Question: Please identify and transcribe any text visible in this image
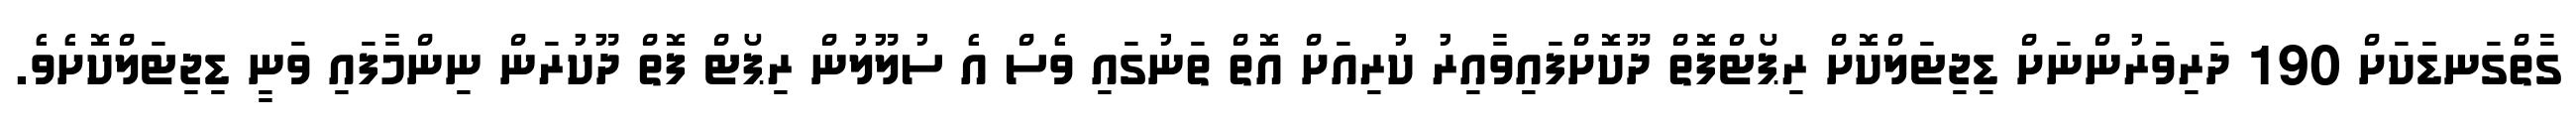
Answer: ގާތްގަނޑަކަށް 190 ދަރިވަރުންނަށް ޑިޖިޓަލްކޮށް ރިޕޯޓްފޮތް ދޫކޮށްފައިވާއިރު ކުރިއަށް އޮތް ތަނުގައި ވެސް އެ ސުލޫލުން ރިޕޯޓް ފޮތް ދޫކުރަން ނިންމާފައި ވަނީ ޑިޖިޓަލްކޮށެވެ.